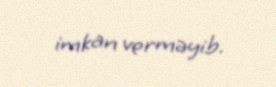
imkan verməyib.